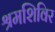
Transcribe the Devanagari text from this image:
श्रमशिविर